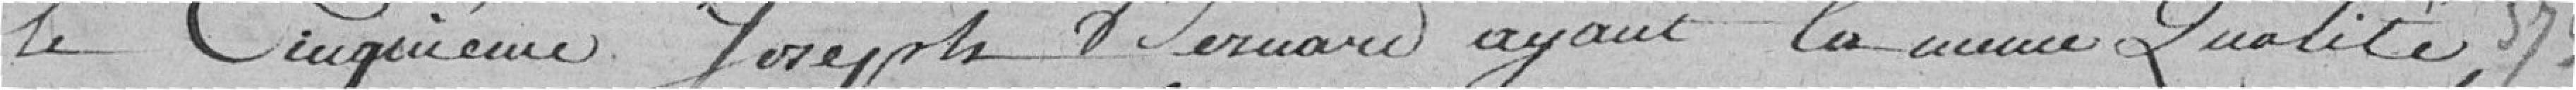
le cinquième Joseph Bernard ayant la même qualité 373